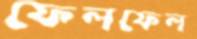
ফেলফেল